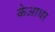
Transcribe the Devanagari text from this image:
केआधर